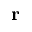
\mathbf { r }